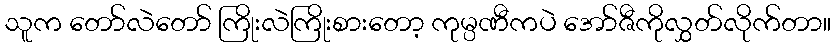
သူက တော်လဲတော် ကြိုးလဲကြိုးစားတော့ ကုမ္ပဏီကပဲ အော်ဇီကိုလွှတ်လိုက်တာ။